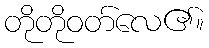
တိုတိုဝတ်လေ၏။